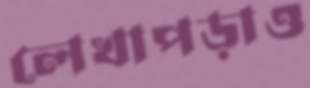
লেখাপড়াও